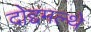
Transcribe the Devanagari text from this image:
दोद्दमल्थे